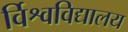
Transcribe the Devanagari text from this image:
र्विश्वविद्यालय